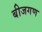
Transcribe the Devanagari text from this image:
बीजगण